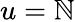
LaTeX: u=\mathbb{N}